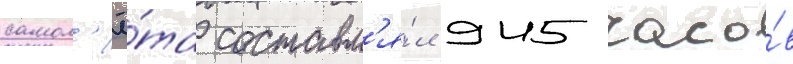
самол'ё́та составл'я́л 945 часо́в